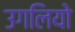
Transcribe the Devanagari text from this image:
उगलियो